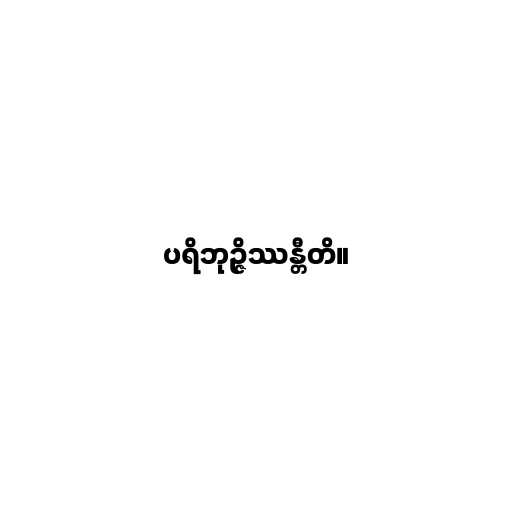
ပရိဘုဉ္ဇိဿန္တီတိ။